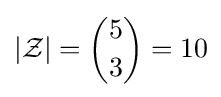
|{\mathcal {Z}}|={5 \choose 3}=10